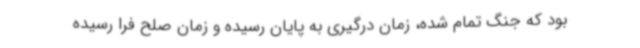
بود که جنگ تمام شده، زمان درگیری به پایان رسیده و زمان صلح فرا رسیده